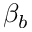
\beta _ { b }